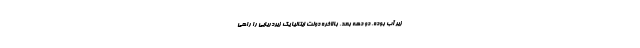
زیر آب بوده. دو دهه بعد، بالاخره دولت ایتالیا یک زیردریایی را راهی